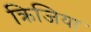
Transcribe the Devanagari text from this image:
क्रिजिया